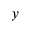
y